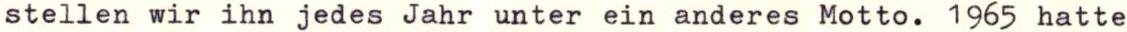
stellen wir ihn jedes Jahr unter ein anderes Motto. 1965 hatte